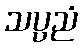
သပ္ပညံ